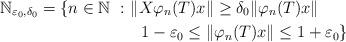
LaTeX: \begin{align*}\mathbb N_{\varepsilon_0,\delta_0}=\{n\in\mathbb N \ :\ & \|X\varphi_n(T)x\|\geq\delta_0\|\varphi_n(T)x\| \\ & \ \ 1-\varepsilon_0\leq\|\varphi_n(T)x\|\leq 1+\varepsilon_0\}\end{align*}